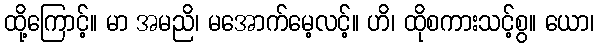
ထို့ကြောင့်။ မာ အမညိ၊ မအောက်မေ့လင့်။ ဟိ၊ ထိုစကားသင့်စွ။ ယော၊